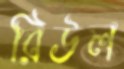
রিউল